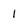
Character: 1